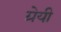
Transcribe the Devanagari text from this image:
ग्रेयी